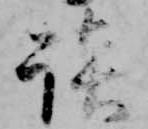
談